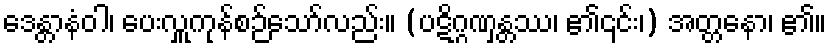
ဒေန္တာနံဝါ၊ ပေးလှူကုန်စဉ်သော်လည်း။ (ပဋိဂ္ဂဏှန္တဿ၊ ၏၎င်း၊) အတ္တနော၊ ၏။